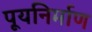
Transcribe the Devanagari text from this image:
पूयनिर्माण